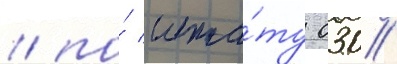
/ по́ шта́ту 030/